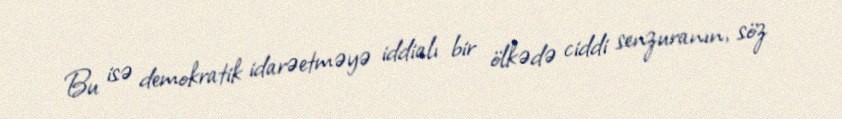
Bu isə demokratik idarəetməyə iddialı bir ölkədə ciddi senzuranın, söz